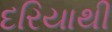
દરિયાથી